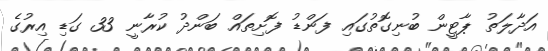
އަދާލަތު ޕާޓީން ބުނިގޮތުގައި ފަންޑު ފޮށިތައް ބަންދު ކުރާނީ 33 ގަޑި އިރުގެ